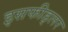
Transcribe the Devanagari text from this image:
इसफीड्लर